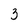
Character: 3